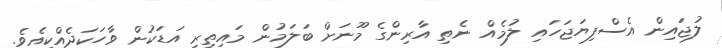
ލުޖައިން އެސްފިޔަޖަހައި ލުމެއް ނެތި އާރިންގެ މޫނަށް ބަލަމުން މައިތިރި އަޑަކުން ވާހަކަދެއްކިއެވެ.